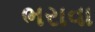
ભરાવા